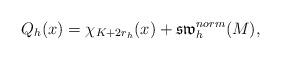
LaTeX: \begin{align*}Q_{h}(x)=\chi_{K+2r_h}(x)+\mathfrak{sw}_h^{norm}(M),\end{align*}